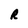
Character: R